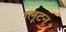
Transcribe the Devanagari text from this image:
ग्लूटन